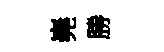
嶤勝